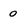
Character: o